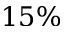
1 5 \%